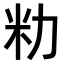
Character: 𫦨